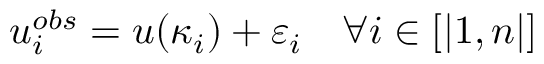
u _ { i } ^ { o b s } = u ( \kappa _ { i } ) + \varepsilon _ { i } \quad \forall i \in [ | 1 , n | ]